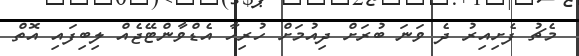
މެޗު ފެށިއިރު ދެ ވަނަ ބުރަށް ދިއުމަށް ހުރިހާ އެޑްވާންޓޭޖެއް ލިބިފައި އޮތް